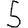
Digit: 5